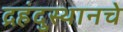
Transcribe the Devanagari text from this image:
द्रहंदुस्थानचे